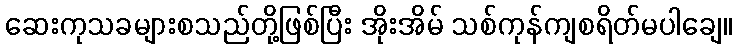
ဆေးကုသခများစသည်တို့ဖြစ်ပြီး အိုးအိမ် သစ်ကုန်ကျစရိတ်မပါချေ။